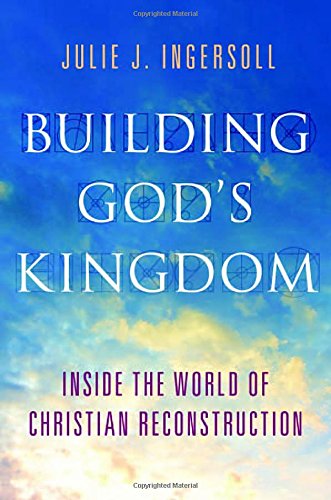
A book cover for Building God's Kingdom: Inside the World of Christian Reconstruction; Julie J. Ingersoll; Christian Books & Bibles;